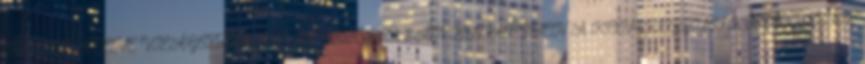
MANTRAZENE VILÁGSZTÁRJAI 2018 OKTÓBER 8-ÁN BUDAPESTEN A KONGRESSZUSI KÖZPONTBAN